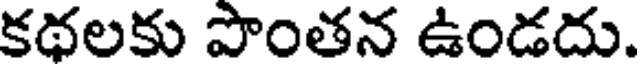
కథలకు పొంతన ఉండదు.